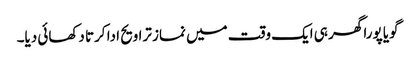
گویا پورا گھر ہی ایک وقت میں نماز تراویح ادا کرتا دکھائی دیا۔